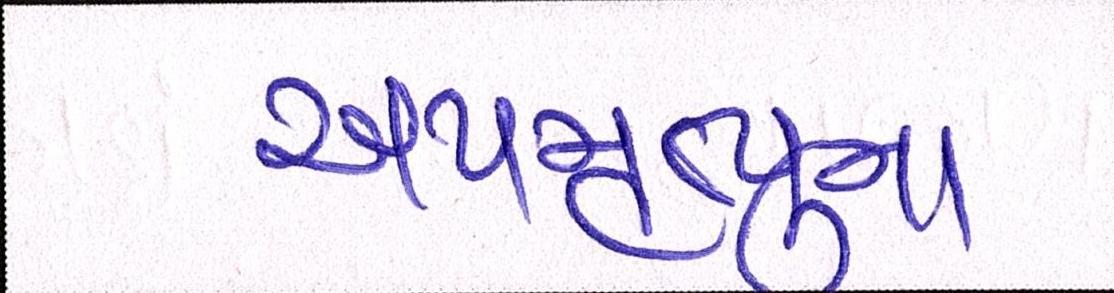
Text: અપમૃત્યુના